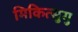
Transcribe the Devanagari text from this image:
मिकित्सुगु